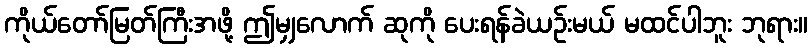
ကိုယ်တော်မြတ်ကြီးအဖို့ ဤမျှလောက် ဆုကို ပေးရန်ခဲယဉ်းမယ် မထင်ပါဘူး ဘုရား။